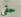
حقى